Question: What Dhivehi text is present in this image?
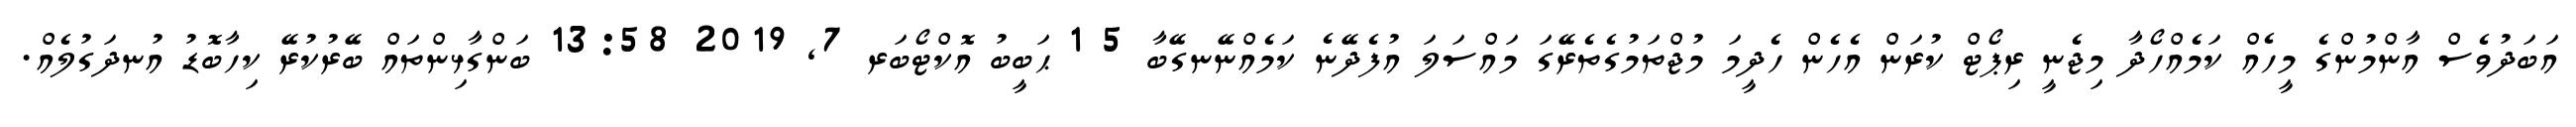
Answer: އަބަދުވެސް އާންމުންގެ މީހެއް ކަމެއްހޯދާ މިޖެނީ ރިޕޯޓް ކުރަން އެހެން ހެދީމަ މުޖްތަމުގެތެރޭގަ މައްސަލަ އުފެދޭނެ ކަމެއްނޭނގޭބާ 5 1 ޙަބީބު އޮކްޓޯބަރ 7, 2019 13:58 ބަންގާޅިންތައް ބޭރުކުރޭ ކިހާބޮޑު އުނދަގުލެއް.